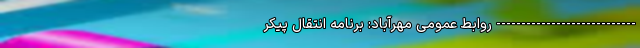
---------------------------- روابط عمومی مهرآباد: برنامه انتقال پیکر